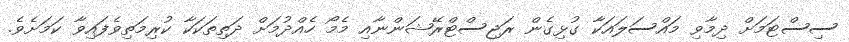
ސިސްޓަމަށް ދިމާވި މައްސަލައަކާ ގުޅިގެން ރަޖިސްޓްރޭޝަންނާއި މެމޯ ހެއްދުމަށް ދަތިތަކަކާ ކުރިމަތިވެފައިވާ ކަމަށެވެ.